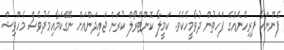
ފެންނަހާ ފިރިހެނެއްގެ ފަހަތުން ދުވާމީހެކެވެ. ކަމީލާ ކޮންޓްރޯލް ކުރަން ޖައިދަންއަށް ނޭގޭކަމާއިމެދުވެސް މެހްވިޝް